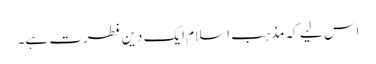
اس لیے کہ مذہب اسلام ایک دینِ فطرت ہے۔